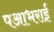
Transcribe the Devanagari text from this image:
पआभराई